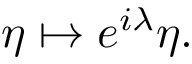
\displaystyle \eta \mapsto e ^ { i \lambda } \eta .